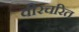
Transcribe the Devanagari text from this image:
वीरचरित